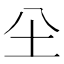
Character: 𡉀